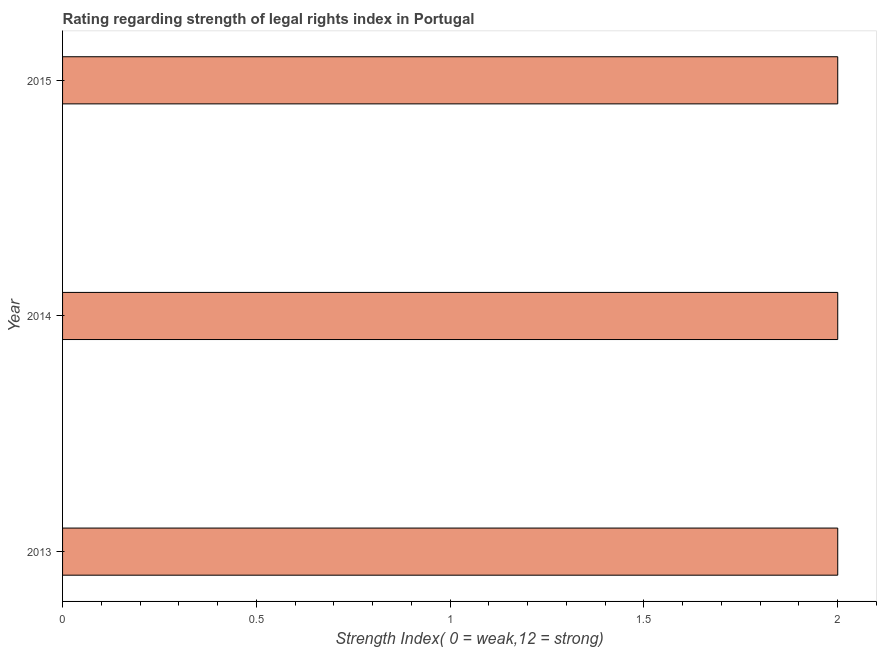
| Year | Strength of legal rights index |
 | --- | --- |
 | 2013 | 2 |
 | 2014 | 2 |
 | 2015 | 2 |